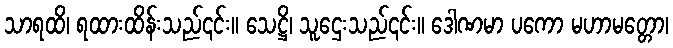
သာရထိ၊ ရထားထိန်းသည်၎င်း။ သေဋ္ဌိ၊ သူဌေးသည်၎င်း။ ဒေါဏမာ ပကော မဟာမတ္တော၊